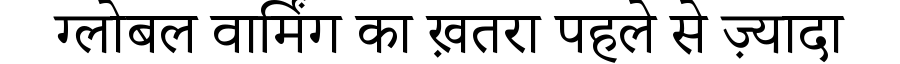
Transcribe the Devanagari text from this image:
ग्लोबल वार्मिंग का ख़तरा पहले से ज़्यादा